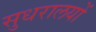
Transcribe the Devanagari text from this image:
सुधरालयों